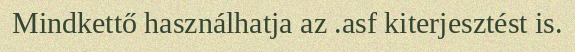
Mindkettő használhatja az .asf kiterjesztést is.